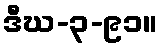
ဒီဃ-၃-၉၁။